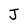
Character: J